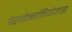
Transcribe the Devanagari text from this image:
पैरागैन्गलियोमास